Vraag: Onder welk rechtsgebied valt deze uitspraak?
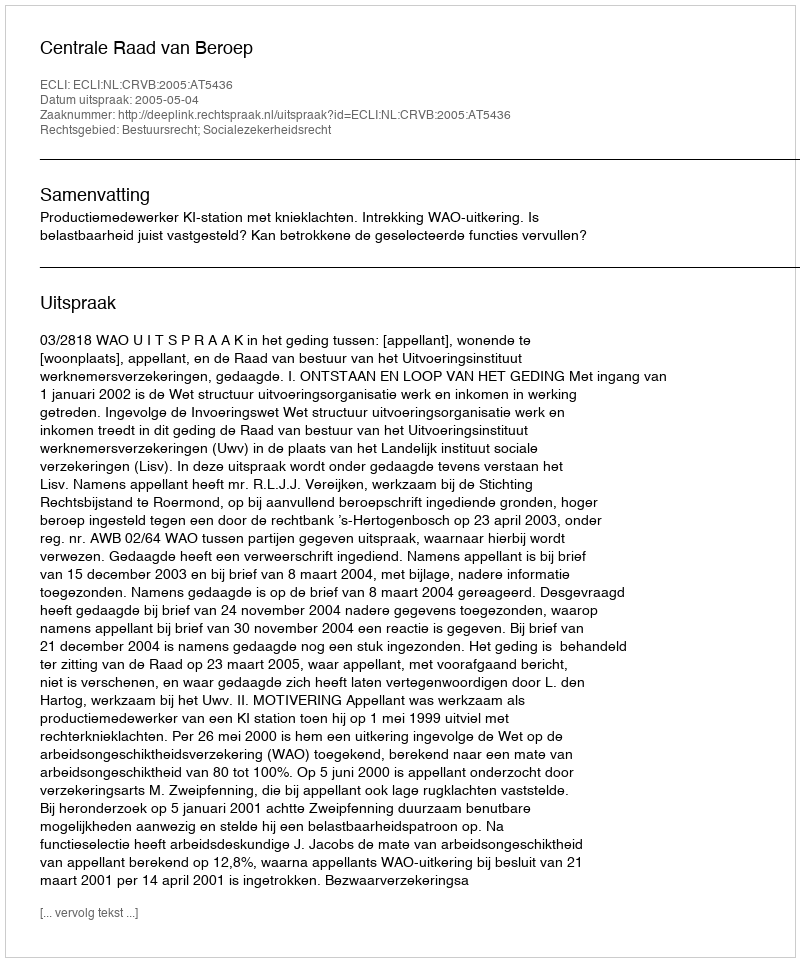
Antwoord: Bestuursrecht; Socialezekerheidsrecht